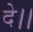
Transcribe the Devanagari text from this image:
दे।।